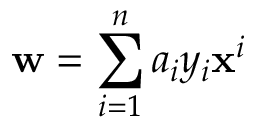
\mathbf { w } = \sum _ { i = 1 } ^ { n } a _ { i } y _ { i } \mathbf { x } ^ { i }